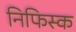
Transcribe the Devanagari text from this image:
निफिस्क